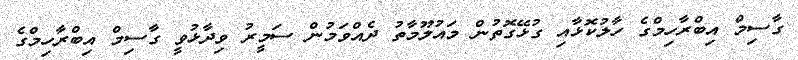
ގާސިމް އިބްރާހިމްގެ ހާލުކޮޅާއި ގުޅޭގޮތުން މައުލޫމާތު ދެއްވަމުން ސަމީރު ވިދާޅުވީ ގާސިމް އިބްރާހިމްގެ